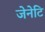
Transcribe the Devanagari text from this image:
जेनेटि